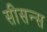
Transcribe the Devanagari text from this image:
सीसन्स